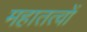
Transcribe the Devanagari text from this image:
महातत्वों